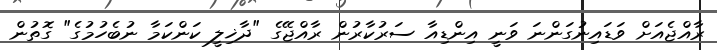
ރާއްޖެއަށް ވަޑައިނުގަންނަ ވަނީ އިންޑިއާ ސަރުކާރުން ރާއްޖޭގެ "ދާޚިލީ ކަންކަމާ ނުބެހުމުގެ" ގޮތުން